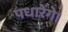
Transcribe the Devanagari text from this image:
पधारेंगे।